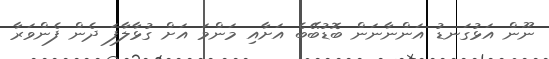
ނޫން އަޅުގަނޑު އަންނާނަން ބޮޑުބޭބެ އަށާއި މަންމަ އަށް ގުޅާލާފަ ދެން ފެންވަރާ